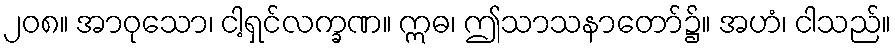
၂၀၈။ အာဝုသော၊ ငါ့ရှင်လက္ခဏ။ ဣဓ၊ ဤသာသနာတော်၌။ အဟံ၊ ငါသည်။